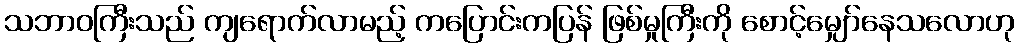
သဘာဝကြီးသည် ကျရောက်လာမည့် ကပြောင်းကပြန် ဖြစ်မှုကြီးကို စောင့်မျှော်နေသလောဟု